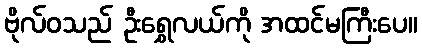
ဗိုလ်ဝသည် ဦးရွှေလယ်ကို အထင်မကြီးပေ။